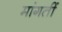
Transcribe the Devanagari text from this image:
मांगतीं